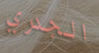
الجدري